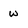
Character: w